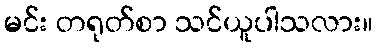
မင်း တရုတ်စာ သင်ယူပါသလား။